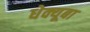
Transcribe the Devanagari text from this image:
धेक्यूबा